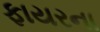
ફાયરના